Vaccination United Provinces of Agra and Oudh 1902-1913 - 1902-1913
Year: 1902
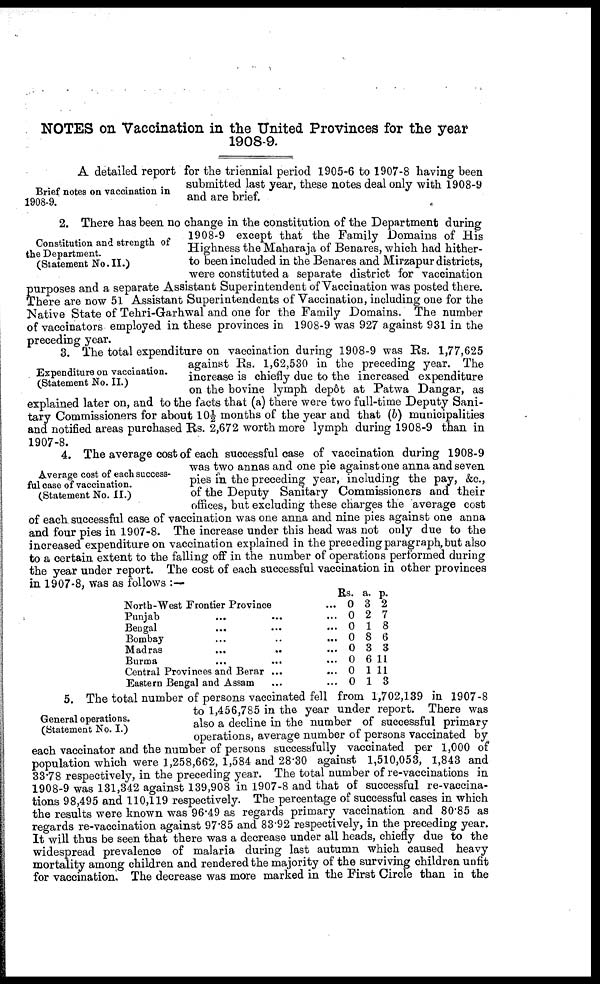
NOTES on Vaccination in the United Provinces for the year
1908-9.
Brief notes on vaccination in
1908-9.
A detailed report for the triennial period 1905-6 to 1907-8 having been
submitted last year, these notes deal only with 1908-9
and are brief.
Constitution and strength of
the Department.
(Statement No.II.)
2. There has been no change in the constitution of the Department during
1908-9 except that the Family Domains of His
Highness the Maharaja of Benares, which had hither-
to been included in the Benares and Mirzapur districts,
were constituted a separate district for vaccination
purposes and a separate Assistant Superintendent of Vaccination was posted there.
There are now 51 Assistant Superintendents of Vaccination, including one for the
Native State of Tehri-Garhwal and one for the Family Domains. The number
of vaccinators employed in these provinces in 1908-9 was 927 against 931 in the
preceding year.
Expenditure on vaccination.
( Statement No. II.)
3. The total expenditure on vaccination during 1908-9 was Rs. 1,77,625
against Rs. 1,62,530 in the preceding year. The
increase is chiefly due to the increased expenditure
on the bovine lymph depôt at Patwa Dangar, as
explained later on, and to the facts that (a) there were two full-time Deputy Sani-
tary Commissioners for about 10½ months of the year and that (b) municipalities
and notified areas purchased Rs. 2,672 worth more lymph during 1908-9 than in
1907-8.
Average cost of each success-
ful case of vaccination.
( Statement No. II.)
4. The average cost of each successful case of vaccination during 1908-9
was two annas and one pie against one anna and seven
pies in the preceding year, including the pay, &c.,
of the Deputy Sanitary Commissioners and their
offices, but excluding these charges the average cost
of each successful case of vaccination was one anna and nine pies against one anna
and four pies in 1907-8. The increase under this head was not only due to the
increased expenditure on vaccination explained in the preceding paragraph, but also
to a certain extent to the falling off in the number of operations performed during
the year under report. The cost of each successful vaccination in other provinces
in 1907-8, was as follows :—
North-West Frontier Province ... ...
Punjab ... ... ... ... ...
Bengal ... ... ... ... ...
Bombay ... ... ... ... ...
Madras ... ... ... ... ...
Burma
...
...
...
...
...
Central Provinces and Berar
...
...
...
Eastern Bengal and Assam ... ... ...
Rs. 0
0
0
0
0
0
0
0
a.
3
2
1
8
3
6
1
1
p.
2
7
8
6
3
11
11
3
General operations.
(Statement No. I.)
5. The total number of persons vaccinated fell from 1,702,139 in 1907-8
to 1,456,785 in the year under report. There was
also a decline in the number of successful primary
operations, average number of persons vaccinated by
each vaccinator and the number of persons successfully vaccinated per 1,000 of
population which were 1,258,662, 1,584 and 28.30 against 1,510,053, 1,843 and
33.78 respectively, in the preceding year. The total number of re-vaccinations in
1908-9 was 131,342 against 139,908 in 1907-8 and that of successful re-vaccina-
tions 98,495 and 110,119 respectively. The percentage of successful cases in which
the results were known was 96.49 as regards primary vaccination and 80.85 as
regards re-vaccination against 97.85 and 83.92 respectively, in the preceding year.
It will thus be seen that there was a decrease under all heads, chiefly due to the
widespread prevalence of malaria during last autumn which caused heavy
mortality among children and rendered the majority of the surviving children unfit
for vaccination. The decrease was more marked in the First Circle than in the